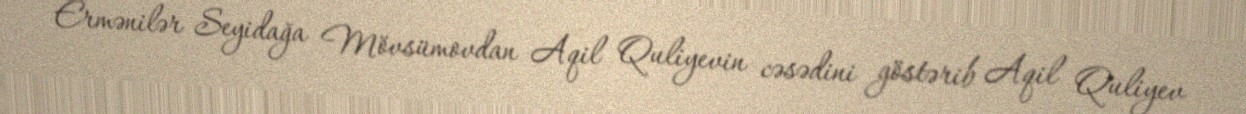
Ermənilər Seyidağa Mövsümovdan Aqil Quliyevin cəsədini göstərib Aqil Quliyev